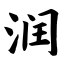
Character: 润